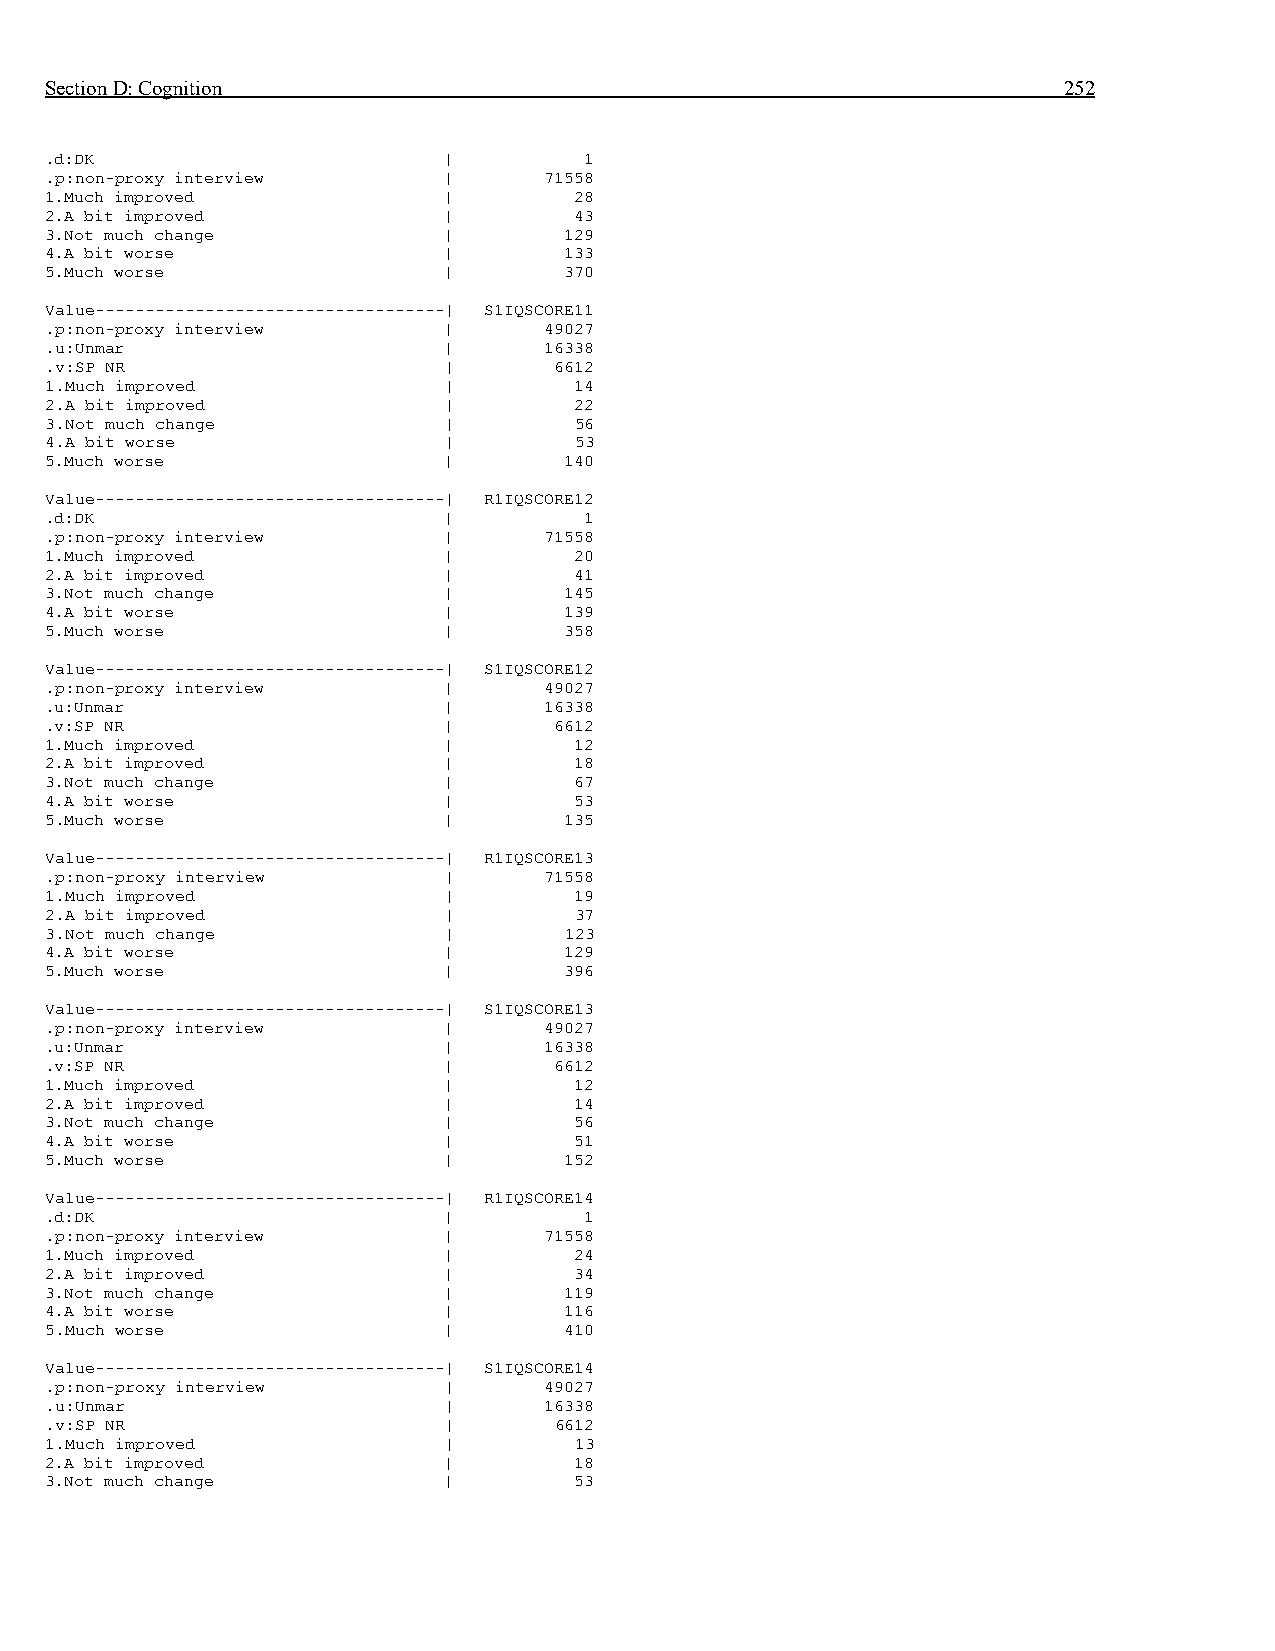
Section D: Cognition                                               252
 .d:DK                     |         1
 .p:non-proxy interview    |      71558
 1.Much improved           |        28
 2.A bit improved          |        43
 3.Not much change         |       129
 4.A bit worse             |       133
 5.Much worse              |       370
 Value-----------------------------------| S1IQSCORE11
 .p:non-proxy interview    |      49027
 .u:Unmar                  |      16338
 .v:SP NR                  |       6612
 1.Much improved           |        14
 2.A bit improved          |        22
 3.Not much change         |        56
 4.A bit worse             |        53
 5.Much worse              |       140
 Value-----------------------------------| R1IQSCORE12
 .d:DK                     |         1
 .p:non-proxy interview    |      71558
 1.Much improved           |        20
 2.A bit improved          |        41
 3.Not much change         |       145
 4.A bit worse             |       139
 5.Much worse              |       358
 Value-----------------------------------| S1IQSCORE12
 .p:non-proxy interview    |      49027
 .u:Unmar                  |      16338
 .v:SP NR                  |       6612
 1.Much improved           |        12
 2.A bit improved          |        18
 3.Not much change         |        67
 4.A bit worse             |        53
 5.Much worse              |       135
 Value-----------------------------------| R1IQSCORE13
 .p:non-proxy interview    |      71558
 1.Much improved           |        19
 2.A bit improved          |        37
 3.Not much change         |       123
 4.A bit worse             |       129
 5.Much worse              |       396
 Value-----------------------------------| S1IQSCORE13
 .p:non-proxy interview    |      49027
 .u:Unmar                  |      16338
 .v:SP NR                  |       6612
 1.Much improved           |        12
 2.A bit improved          |        14
 3.Not much change         |        56
 4.A bit worse             |        51
 5.Much worse              |       152
 Value-----------------------------------| R1IQSCORE14
 .d:DK                     |         1
 .p:non-proxy interview    |      71558
 1.Much improved           |        24
 2.A bit improved          |        34
 3.Not much change         |       119
 4.A bit worse             |       116
 5.Much worse              |       410
 Value-----------------------------------| S1IQSCORE14
 .p:non-proxy interview    |      49027
 .u:Unmar                  |      16338
 .v:SP NR                  |       6612
 1.Much improved           |        13
 2.A bit improved          |        18
 3.Not much change         |        53